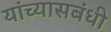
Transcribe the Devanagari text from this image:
यांच्यासबंधी